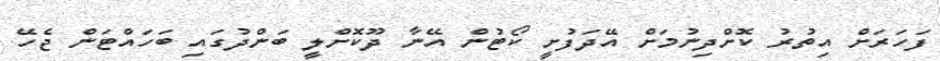
ފަހަރަށް އިތުރު ކޮށްދިނުމަށް އޭދަފުށީ ކޯޓުން އޭނާ ދޫކޮށްލީ ބަންދުގައި ބަހައްޓަން ޖެހޭ